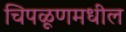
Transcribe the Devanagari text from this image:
चिपळूणमधील